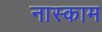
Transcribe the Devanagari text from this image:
नास्काम